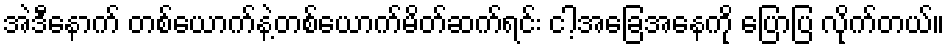
အဲဒီနောက် တစ်ယောက်နဲ့တစ်ယောက်မိတ်ဆက်ရင်း ငါ့အခြေအနေကို ပြောပြ လိုက်တယ်။